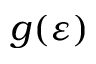
g ( \varepsilon )